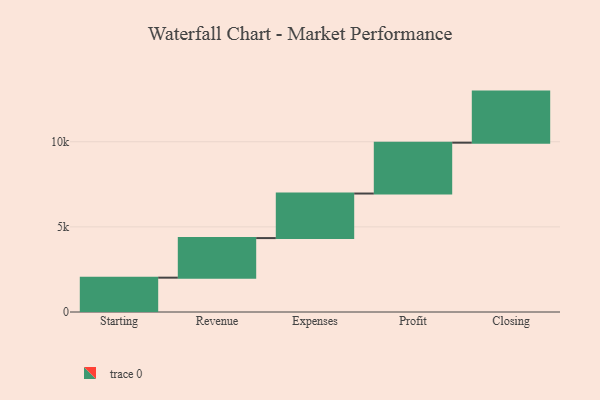
{"axis": {"x": "Step", "y": "Value"}, "legend": [""], "data": [{"x": "Starting", "y": 2017.0, "type": ""}, {"x": "Revenue", "y": 2324.0, "type": ""}, {"x": "Expenses", "y": 2617.0, "type": ""}, {"x": "Profit", "y": 2987.0, "type": ""}, {"x": "Closing", "y": 3000, "type": ""}]}